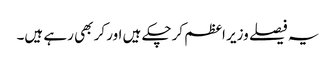
یہ فیصلے وزیر اعظم کرچکے ہیں اور کر بھی رہے ہیں۔